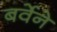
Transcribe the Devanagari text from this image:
बर्वेने